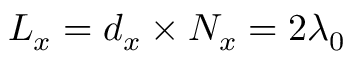
L _ { x } = d _ { x } \times N _ { x } = 2 \lambda _ { 0 }